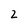
Character: 2